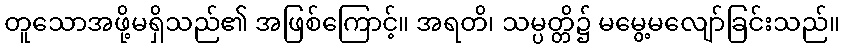
တူသောအဖို့မရှိသည်၏ အဖြစ်ကြောင့်။ အရတိ၊ သမ္ပတ္တိ၌ မမွေ့မလျော်ခြင်းသည်။